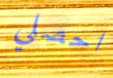
احصلي